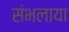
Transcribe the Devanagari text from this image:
संभलाया